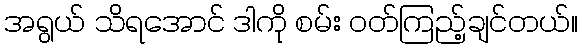
အရွယ် သိရအောင် ဒါကို စမ်း ဝတ်ကြည့်ချင်တယ်။